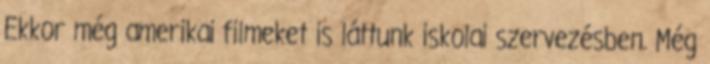
Ekkor még amerikai filmeket is láttunk iskolai szervezésben. Még